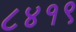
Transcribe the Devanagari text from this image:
८४१९